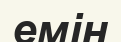
емін